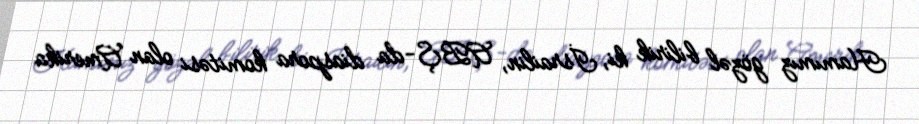
Hamımız gözəl bilirik ki, İsrailin, ABŞ-da diaspora komitəsi olan Amerika